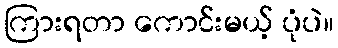
ကြားရတာ ကောင်းမယ့် ပုံပဲ။